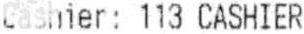
CASHIER : 113 CASHIER